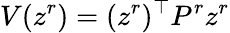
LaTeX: V(z^{r})=(z^{r})^{\top}P^{r}z^{r}